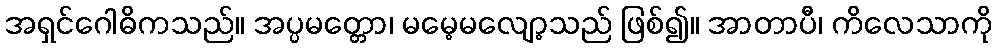
အရှင်ဂေါဓိကသည်။ အပ္ပမတ္တော၊ မမေ့မလျော့သည် ဖြစ်၍။ အာတာပီ၊ ကိလေသာကို